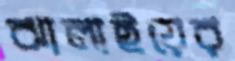
ঝালাইয়ের